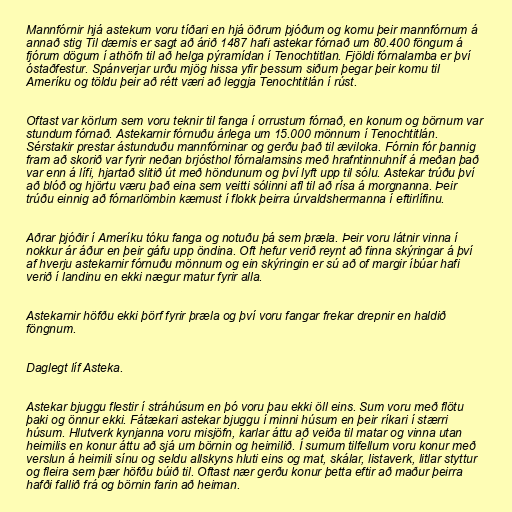
Mannfórnir hjá astekum voru tíðari en hjá öðrum þjóðum og komu þeir mannfórnum á
annað stig Til dæmis er sagt að árið 1487 hafi astekar fórnað um 80.400 föngum á
fjórum dögum í athöfn til að helga pýramídan í Tenochtitlan. Fjöldi fórnalamba er því
óstaðfestur. Spánverjar urðu mjög hissa yfir þessum siðum þegar þeir komu til
Ameríku og töldu þeir að rétt væri að leggja Tenochtitlán í rúst.

Oftast var körlum sem voru teknir til fanga í orrustum fórnað, en konum og börnum var
stundum fórnað. Astekarnir fórnuðu árlega um 15.000 mönnum í Tenochtitlán.
Sérstakir prestar ástunduðu mannfórninar og gerðu það til æviloka. Fórnin fór þannig
fram að skorið var fyrir neðan brjósthol fórnalamsins með hrafntinnuhníf á meðan það
var enn á lífi, hjartað slitið út með höndunum og því lyft upp til sólu. Astekar trúðu því
að blóð og hjörtu væru það eina sem veitti sólinni afl til að rísa á morgnanna. Þeir
trúðu einnig að fórnarlömbin kæmust í flokk þeirra úrvaldshermanna í eftirlífinu.

Aðrar þjóðir í Ameríku tóku fanga og notuðu þá sem þræla. Þeir voru látnir vinna í
nokkur ár áður en þeir gáfu upp öndina. Oft hefur verið reynt að finna skýringar á því
af hverju astekarnir fórnuðu mönnum og ein skýringin er sú að of margir íbúar hafi
verið í landinu en ekki nægur matur fyrir alla.

Astekarnir höfðu ekki þörf fyrir þræla og því voru fangar frekar drepnir en haldið
föngnum.

Daglegt líf Asteka.

Astekar bjuggu flestir í stráhúsum en þó voru þau ekki öll eins. Sum voru með flötu
þaki og önnur ekki. Fátækari astekar bjuggu í minni húsum en þeir ríkari í stærri
húsum. Hlutverk kynjanna voru misjöfn, karlar áttu að veiða til matar og vinna utan
heimilis en konur áttu að sjá um börnin og heimilið. Í sumum tilfellum voru konur með
verslun á heimili sínu og seldu allskyns hluti eins og mat, skálar, listaverk, litlar styttur
og fleira sem þær höfðu búið til. Oftast nær gerðu konur þetta eftir að maður þeirra
hafði fallið frá og börnin farin að heiman.